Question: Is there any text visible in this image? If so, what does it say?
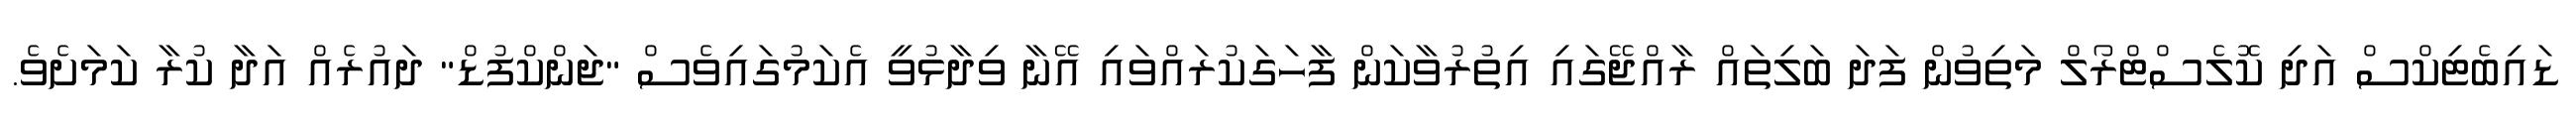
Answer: ޑައިބެޓިކްސް އަދި ކޮލެސްޓްރޯލް މަތިވުން ފަދަ ބަލިތައް ރާއްޖޭގައި އިތުރުވާކަން ފާހަގަކުރައްވައި އޭނާ ވިދާޅުވީ އެކަމުގައިވެސް "ޖަންކްފުޑް" ދައުރެއް އަދާ ކުރާ ކަމަށެވެ.